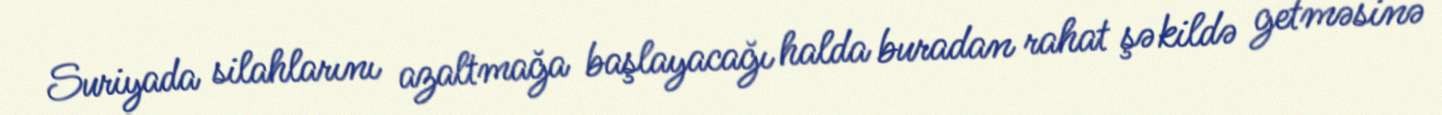
Suriyada silahlarını azaltmağa başlayacağı halda buradan rahat şəkildə getməsinə